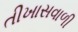
તીખાસવાળી